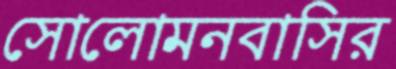
সোলোমনবাসির